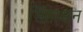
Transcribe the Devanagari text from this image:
सिेंहासन